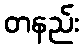
တနည်း